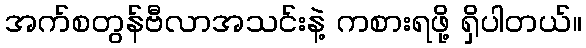
အက်စတွန်ဗီလာအသင်းနဲ့ ကစားရဖို့ ရှိပါတယ်။